Insane asylums in Bengal annual reports 1876-1887 - 1876-1887
Year: 1876
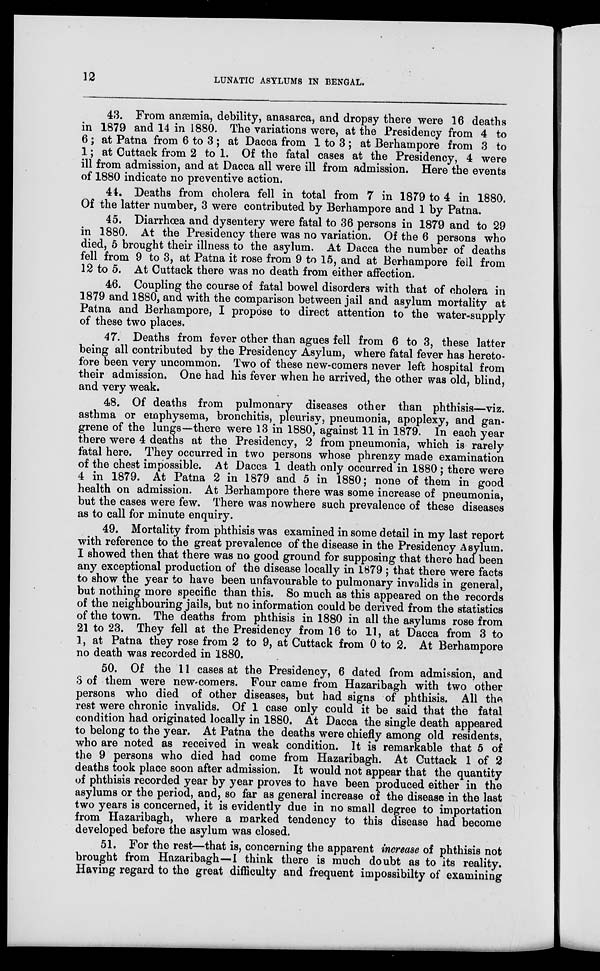
12
LUNATIC ASYLUMS IN BENGAL.
43. From anæmia, debility, anasarca, and dropsy there were 16 deaths
in 1879 and 14 in 1880. The variations were, at the Presidency from 4 to
6 ; at Patna from 6 to 3 ; at Dacca from 1 to 3 ; at Berhampore from 3 to
1; at Cuttack from 2 to 1. Of the fatal cases at the Presidency, 4 were
ill from admission, and at Dacca all were ill from admission. Here the events
of 1880 indicate no preventive action.
44. Deaths from cholera fell in total from 7 in 1879 to 4 in 1880.
Of the latter number, 3 were contributed by Berhampore and 1 by Patna.
45. Diarrhœa and dysentery were fatal to 36 persons in 1879 and to 29
in 1880. At the Presidency there was no variation. Of the 6 persons who
died, 5 brought their illness to the asylum. At Dacca the number of deaths
fell from 9 to 3, at Patna it rose from 9 to 15, and at Berhampore fell from
12 to 5. At Cuttack there was no death from either affection.
46. Coupling the course of fatal bowel disorders with that of cholera in
1879 and 1880, and with the comparison between jail and asylum mortality at
Patna and Berhampore, I propose to direct attention to the water-supply
of these two places.
47. Deaths from fever other than agues fell from 6 to 3, these latter
being all contributed by the Presidency Asylum, where fatal fever has hereto-
fore been very uncommon. Two of these new-comers never left hospital from
their admission. One had his fever when he arrived, the other was old, blind,
and very weak.
48. Of deaths from pulmonary diseases other than phthisis—viz.
asthma or emphysema, bronchitis, pleurisy, pneumonia, apoplexy, and gan-
grene of the lungs—there were 13 in 1880, against 11 in 1879. In each year
there were 4 deaths at the Presidency, 2 from pneumonia, which is rarely
fatal here. They occurred in two persons whose phrenzy made examination
of the chest impossible. At Dacca 1 death only occurred in 1880 ; there were
4 in 1879. At Patna 2 in 1879 and 5 in 1880; none of them in good
health on admission. At Berhampore there was some increase of pneumonia,
but the cases were few. There was nowhere such prevalence of these diseases
as to call for minute enquiry.
49. Mortality from phthisis was examined in some detail in my last report
with reference to the great prevalence of the disease in the Presidency Asylum.
I showed then that there was no good ground for supposing that there had been
any exceptional production of the disease locally in 1879 ; that there were facts
to show the year to have been unfavourable to pulmonary invalids in general,
but nothing more specific than this. So much as this appeared on the records
of the neighbouring jails, but no information could be derived from the statistics
of the town. The deaths from phthisis in 1880 in all the asylums rose from
21 to 23. They fell at the Presidency from 16 to 11, at Dacca from 3 to
1, at Patna they rose from 2 to 9, at Cuttack from 0 to 2. At Berhampore
no death was recorded in 1880.
50. Of the 11 cases at the Presidency, 6 dated from admission, and
3 of them were new-comers. Four came from Hazaribagh with two other
persons who died of other diseases, but had signs of phthisis. All the
rest were chronic invalids. Of 1 case only could it be said that the fatal
condition had originated locally in 1880. At Dacca the single death appeared
to belong to the year. At Patna the deaths were chiefly among old residents,
who are noted as received in weak condition. It is remarkable that 5 of
the 9 persons who died had come from Hazaribagh. At Cuttack 1 of 2
deaths took place soon after admission. It would not appear that the quantity
of phthisis recorded year by year proves to have been produced either in the
asylums or the period, and, so far as general increase of the disease in the last
two years is concerned, it is evidently due in no small degree to importation
from Hazaribagh, where a marked tendency to this disease had become
developed before the asylum was closed.
51. For the rest—that is, concerning the apparent increase of phthisis not
brought from Hazaribagh—I think there is much doubt as to its reality.
Having regard to the great difficulty and frequent impossibilty of examining